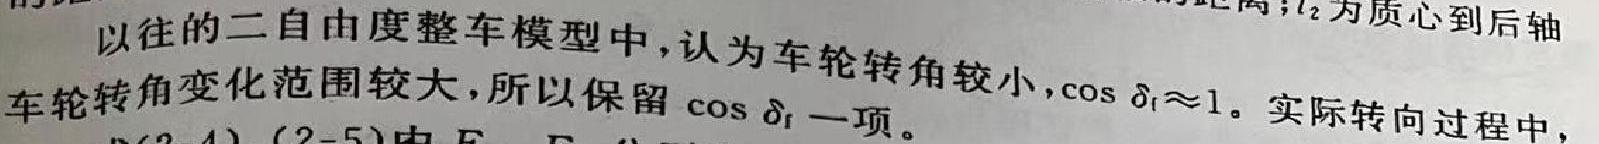
以往的二自由度整车模型中，认为车轮转角较小，$\cos \delta_{f}\approx1$。实际转向过程中，车轮转角变化范围较大，所以保留$\cos \delta_{f}$一项。